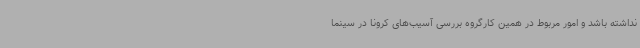
نداشته باشد و امور مربوط در همین کارگروه بررسی آسیب‌های کرونا در سینما